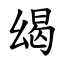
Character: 㡫